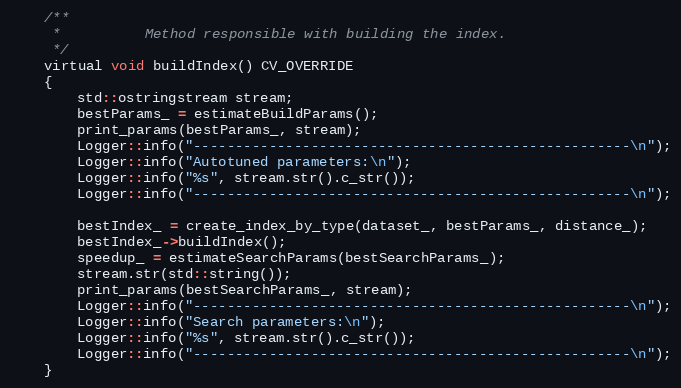
Language: C
    /**
     *          Method responsible with building the index.
     */
    virtual void buildIndex() CV_OVERRIDE
    {
        std::ostringstream stream;
        bestParams_ = estimateBuildParams();
        print_params(bestParams_, stream);
        Logger::info("----------------------------------------------------\n");
        Logger::info("Autotuned parameters:\n");
        Logger::info("%s", stream.str().c_str());
        Logger::info("----------------------------------------------------\n");

        bestIndex_ = create_index_by_type(dataset_, bestParams_, distance_);
        bestIndex_->buildIndex();
        speedup_ = estimateSearchParams(bestSearchParams_);
        stream.str(std::string());
        print_params(bestSearchParams_, stream);
        Logger::info("----------------------------------------------------\n");
        Logger::info("Search parameters:\n");
        Logger::info("%s", stream.str().c_str());
        Logger::info("----------------------------------------------------\n");
    }